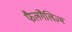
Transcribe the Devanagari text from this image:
फैलंगैलिज़्म